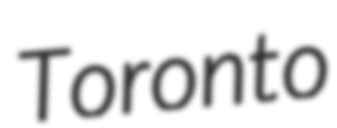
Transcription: Toronto